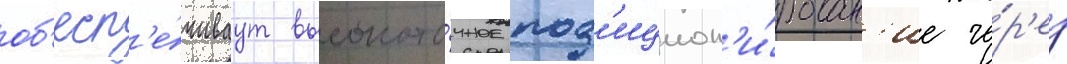
об'есп'е́чиваут высокото́чное поз'ицион'и́рован'ие че́р'ез